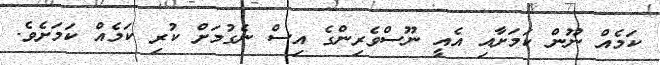
ކަމެއް ނޫން ކަމަށާއި އެއީ ނޫސްވެރިންގެ އިސް ނެގުމަށް ކުރި ކަމެއް ކަމަށެވެ.